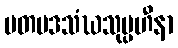
မတမဒသံဃသုပ္ပဟီနာ